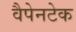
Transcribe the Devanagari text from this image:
वैपेनटेक